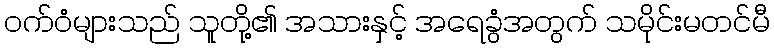
ဝက်ဝံများသည် သူတို့၏ အသားနှင့် အရေခွံအတွက် သမိုင်းမတင်မီ